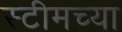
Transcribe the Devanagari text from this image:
स्टीमच्या